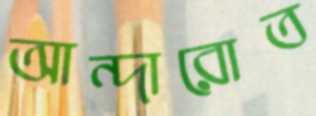
আন্দারোত